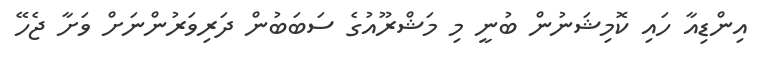
އިންޑިއާ ހައި ކޮމިޝަނުން ބުނީ މި މަޝްރޫއުގެ ސަބަބުން ދަރިވަރުންނަށް ވަށާ ޖެހޭ